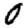
Digit: 0